Annual report of the Imperial Bacteriological Laboratory, Muktesar
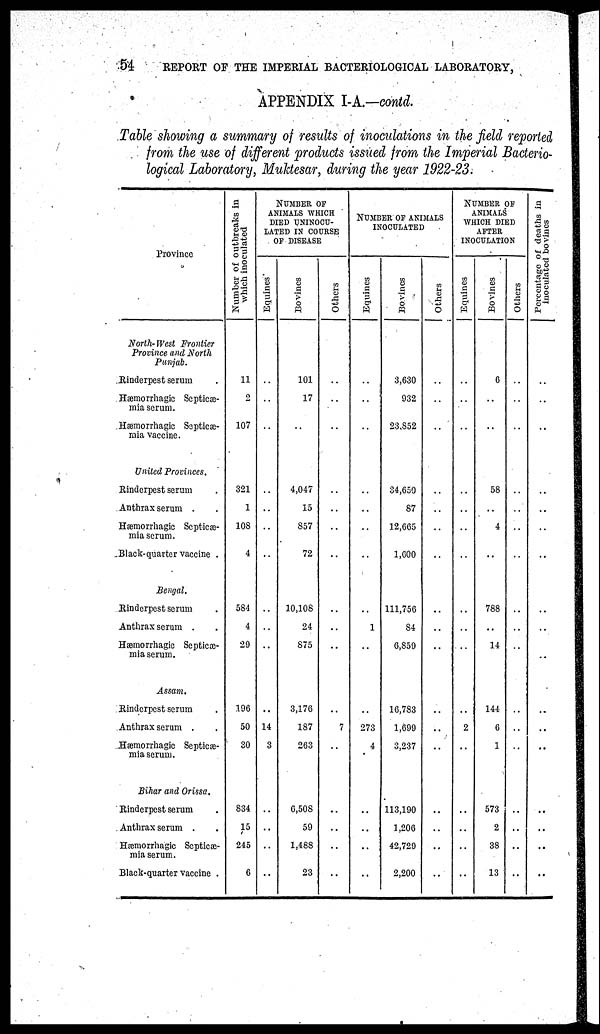
54
REPORT OF THE IMPERIAL BACTERIOLOGICAL LABORATORY,
APPENDIX I-A.—contd.
Table showing a summary of results of inoculations in the field reported
from the use of different products issued from the Imperial Bacterio-
logical Laboratory, Muktesar, during the year 1922-23.
Province
North-West Frontier
Province and North
Punjab.
Rinderpest serum
Hæmorrhagic Septicæ-
mia serum.
Hæmorrhagic Septicæ-
mia vaccine.
United Provinces.
Rinderpest serum
Anthrax serum .
Hæmorrhagic Septicæ-
mia serum.
Black-quarter vaccine .
Bengal.
Rinderpest serum
Anthrax serum .
Hæmorrhagic Septice-
mia serum.
Assam.
Rinderpest serum
Anthrax serum .
Hæmorrhagic Septice-
mia serum.
Bihar and Orissa.
Rinderpest serum
Anthrax serum .
Hæmorrhagic Septicæ-
mia serum.
Black-quarter vaccine .
Number of outbreaks in
which inoculated
11
2
107
321
1
108
4
584
4
29
196
50
30
834
15
245
6
NUMBER OF
ANIMALS WHICH
DIED UNINOCU¬
LATED IN COURSE
OF DISEASE
Equines
..
..
..
..
..
..
..
..
..
..
..
14
3
..
..
..
..
Bovines
101
17
..
4,047
15
857
72
10,108
24
875
3,176
187
263
6,508
59
1,488
23
Others
..
..
..
..
..
..
..
..
..
..
...
7
..
..
..
..
..
NUMBER OF ANIMALS
INOCULATED
Equines
..
..
..
..
..
..
..
..
1
..
..
273
4
..
..
...
..
Bovines
3,630
932
23,852
34,650
87
12,665
1,000
111,756
84
6,859
16,783
1,699
3,237
113,190
1,206
42,729
2,200
Others
..
..
..
..
..
..
..
..
..
..
..
..
..
..
..
..
..
NUMBER OF
ANIMALS
WHICH DIED
AFTER
INOCULATION
Equines
..
..
..
..
..
..
..
..
..
..
..
2
..
..
..
..
..
Bovines
6
..
..
58
..
4
..
788
..
14
144
6
1
573
2
38
13
Others
..
..
..
..
..
..
..
..
..
..
..
..
..
..
..
..
..
Percentage of deaths in
inoculated bovines
..
..
..
..
..
..
..
..
..
..
..
..
..
..
..
..
..